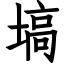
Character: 塙